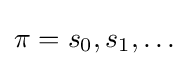
\pi =s_{0},s_{1},\ldots